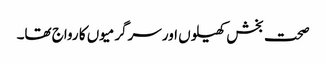
صحت بخش کھیلوں اور سرگرمیوں کا رواج تھا۔